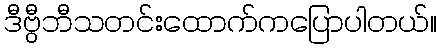
ဒီဗွီဘီသတင်းထောက်ကပြောပါတယ်။